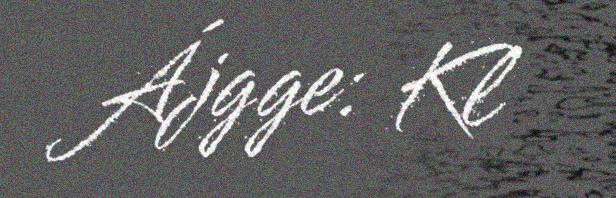
Ájgge: Kl